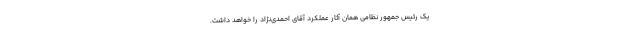
یک رئیس جمهور نظامی همان آثار عملکرد آقای احمدی‌نژاد را خواهد داشت.